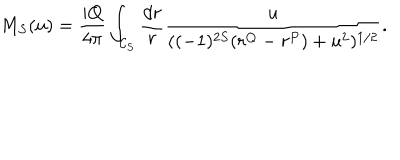
M _ { S } ( u ) = \frac { i Q } { 4 \pi } \int _ { { \cal C } _ { S } } \frac { d r } { r } \frac { u } { ( ( - 1 ) ^ { 2 S } ( r ^ { Q } - r ^ { P } ) + u ^ { 2 } ) ^ { 1 / 2 } } .